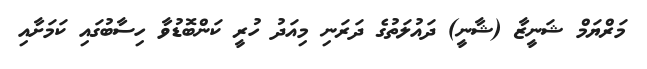
މަރްޔަމް ޝަނީޒާ (ޝާނީ) ދައުލަތުގެ ދަރަނި މިއަދު ހުރީ ކަންބޮޑުވާ ހިސާބުގައި ކަމަށާއި